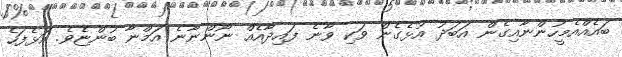
ބައެއްއެމީހުންނާއިގެން އަބަދު އުޅެގެން ވަކި ވާނެ ފައިދާއެއް ނޯންނާނެ އަމްނާ ބުންޏެވެ. އަޅެފަހެ